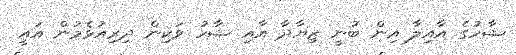
ޝާހުގެ އާއިލާ އިން ބުނީ ޒިޔާދާ އާއި ޝާހު ވަކިން ދިރިއުޅެމުން އައީ